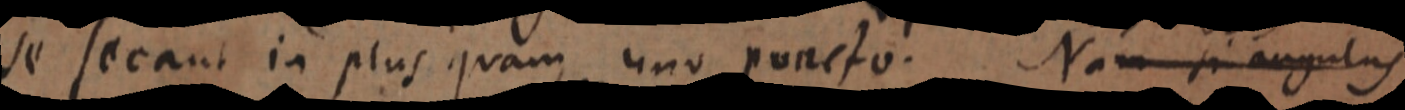
se secant in plus quam uno puncto. Nam si angulus